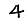
Digit: 4